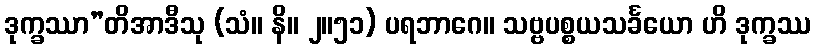
ဒုက္ခဿာ”တိအာဒီသု (သံ။ နိ။ ၂။၅၁) ပရဘာဂေ။ သဗ္ဗပစ္စယသင်္ခယော ဟိ ဒုက္ခဿ